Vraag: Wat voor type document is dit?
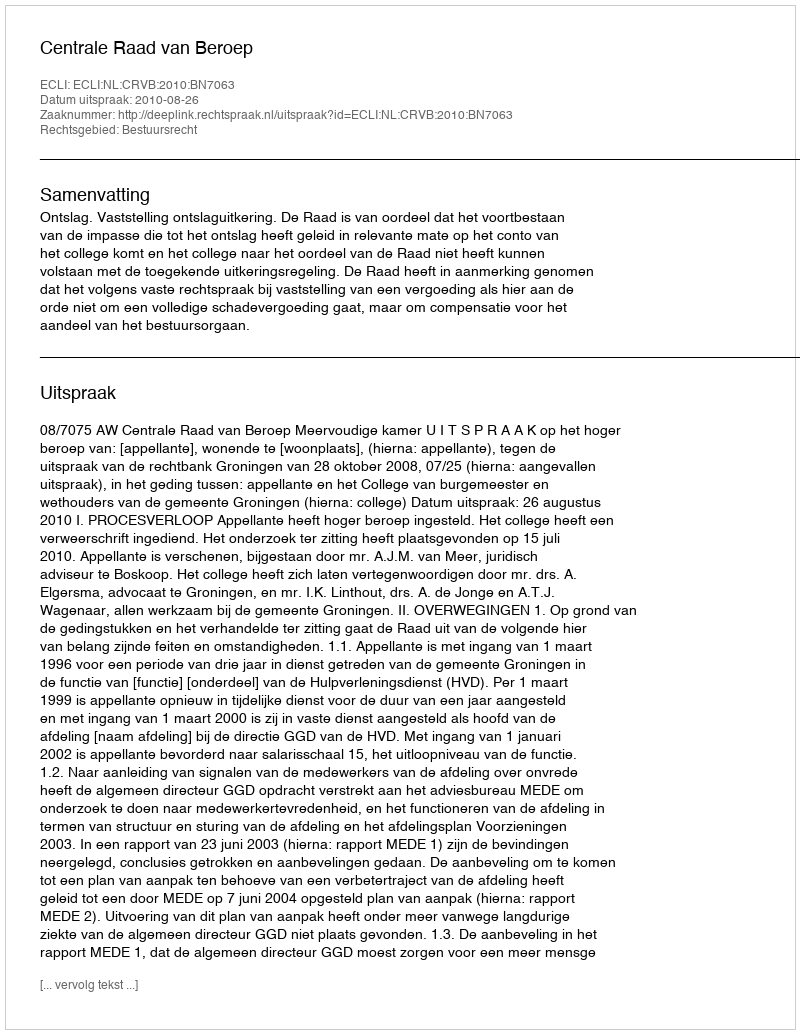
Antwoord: Uitspraak